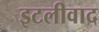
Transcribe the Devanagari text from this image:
इटलीवाद